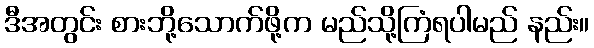
ဒီအတွင်း စားဘို့သောက်ဖို့က မည်သို့ကြံရပါမည် နည်း။